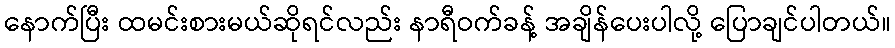
နောက်ပြီး ထမင်းစားမယ်ဆိုရင်လည်း နာရီဝက်ခန့် အချိန်ပေးပါလို့ ပြောချင်ပါတယ်။